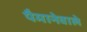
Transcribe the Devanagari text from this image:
पैमानेवाले